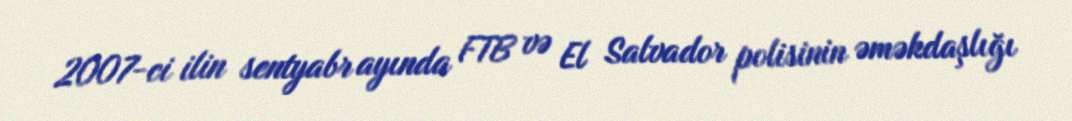
2007-ci ilin sentyabr ayında FTB və El Salvador polisinin əməkdaşlığı